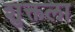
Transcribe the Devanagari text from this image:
शुक्तला